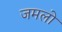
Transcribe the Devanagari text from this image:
जमलो